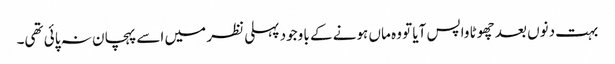
بہت دنوں بعد چھوٹا واپس آیا تو وہ ماں ہونے کے با وجود پہلی نظر میں اسے پہچان نہ پائی تھی۔